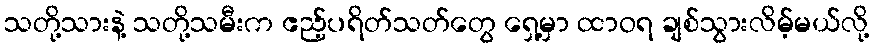
သတို့သားနဲ့ သတို့သမီးက ဧည့်ပရိတ်သတ်တွေ ရှေ့မှာ ထာဝရ ချစ်သွားလိမ့်မယ်လို့